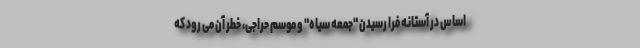
اساس در آستانه فرا رسیدن "جمعه سیاه" و موسم حراجی، خطر آن می رود که